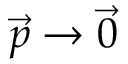
{ \vec { p } } \rightarrow { \vec { 0 } }